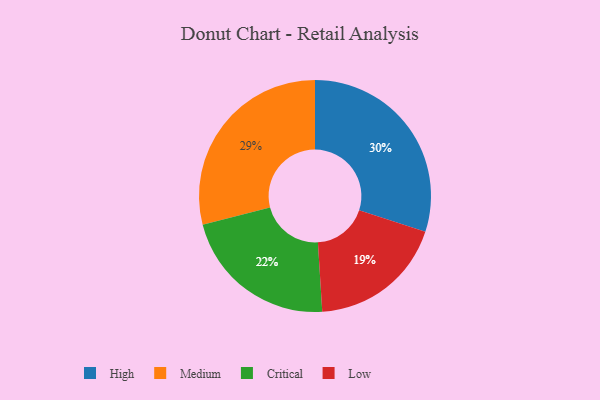
{"axis": {"x": "Category", "y": "Percentage"}, "legend": ["Critical", "High", "Low", "Medium"], "data": [{"x": "Low", "y": 19, "type": "Low"}, {"x": "Medium", "y": 29, "type": "Medium"}, {"x": "High", "y": 30, "type": "High"}, {"x": "Critical", "y": 22, "type": "Critical"}]}